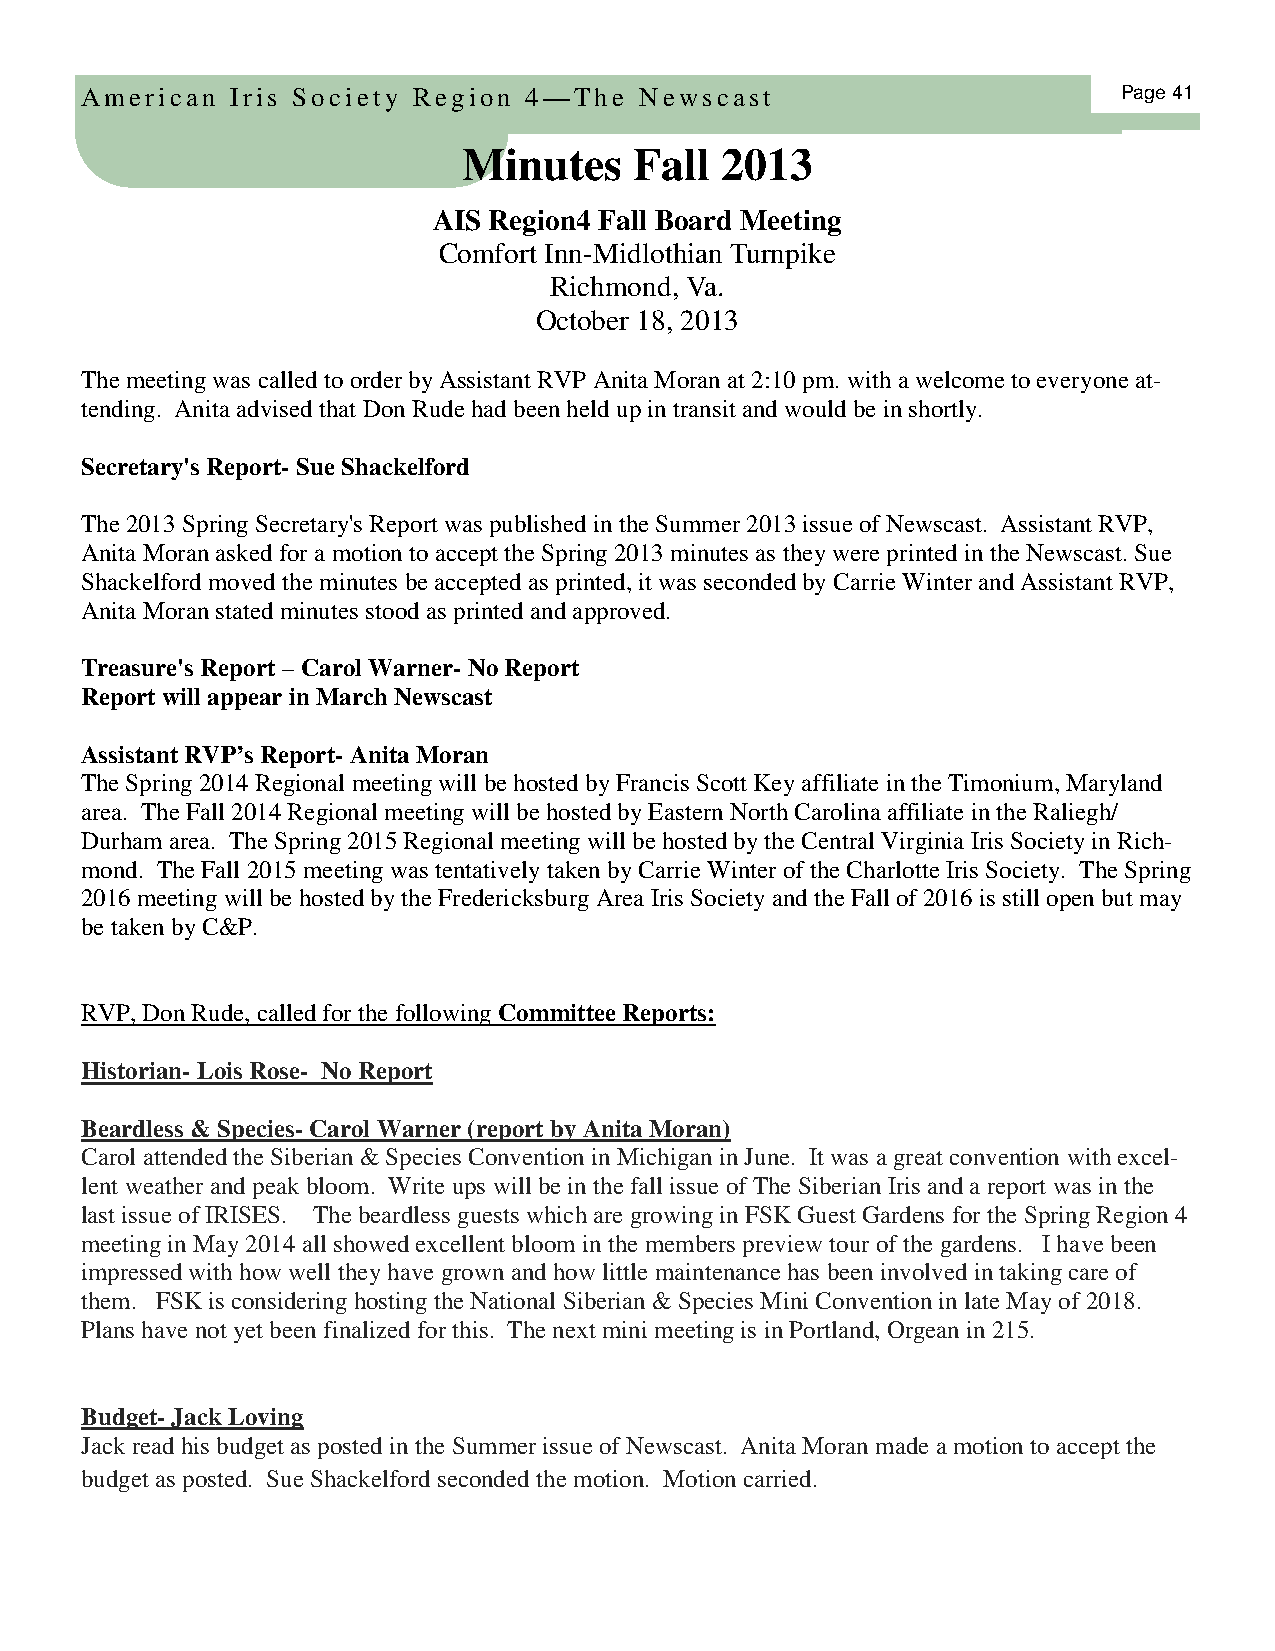
American  Iris Society Region 4—The  Newscast                        Page 41
 Minutes    Fall  2013
 AIS Region4 Fall Board Meeting
 Comfort Inn-Midlothian Turnpike
 Richmond, Va.
 October 18, 2013
 The meeting was called to order by Assistant RVP Anita Moran at 2:10 pm. with a welcome to everyone at-
 tending. Anita advised that Don Rude had been held up in transit and would be in shortly.
 Secretary's Report- Sue Shackelford
 The 2013 Spring Secretary's Report was published in the Summer 2013 issue of Newscast. Assistant RVP,
 Anita Moran asked for a motion to accept the Spring 2013 minutes as they were printed in the Newscast. Sue
 Shackelford moved the minutes be accepted as printed, it was seconded by Carrie Winter and Assistant RVP,
 Anita Moran stated minutes stood as printed and approved.
 Treasure's Report – Carol Warner- No Report
 Report will appear in March Newscast
 Assistant RVP’s Report- Anita Moran
 The Spring 2014 Regional meeting will be hosted by Francis Scott Key affiliate in the Timonium, Maryland
 area. The Fall 2014 Regional meeting will be hosted by Eastern North Carolina affiliate in the Raliegh/
 Durham area. The Spring 2015 Regional meeting will be hosted by the Central Virginia Iris Society in Rich-
 mond. The Fall 2015 meeting was tentatively taken by Carrie Winter of the Charlotte Iris Society. The Spring
 2016 meeting will be hosted by the Fredericksburg Area Iris Society and the Fall of 2016 is still open but may
 be taken by C&P.
 RVP, Don Rude, called for the following Committee Reports:
 Historian- Lois Rose- No Report
 Beardless & Species- Carol Warner (report by Anita Moran)
 Carol attended the Siberian & Species Convention in Michigan in June. It was a great convention with excel-
 lent weather and peak bloom. Write ups will be in the fall issue of The Siberian Iris and a report was in the
 last issue of IRISES. The beardless guests which are growing in FSK Guest Gardens for the Spring Region 4
 meeting in May 2014 all showed excellent bloom in the members preview tour of the gardens. I have been
 impressed with how well they have grown and how little maintenance has been involved in taking care of
 them. FSK is considering hosting the National Siberian & Species Mini Convention in late May of 2018.
 Plans have not yet been finalized for this. The next mini meeting is in Portland, Orgean in 215.
 Budget- Jack Loving
 Jack read his budget as posted in the Summer issue of Newscast. Anita Moran made a motion to accept the
 budget as posted. Sue Shackelford seconded the motion. Motion carried.